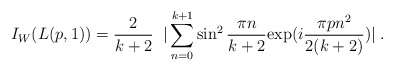
\begin{align*}I_W (L(p,1)) = \frac{2}{k + 2} \; \; | \sum_{n = 0}^{k + 1}\sin^2 \frac{\pi n}{k + 2}{\rm exp} (i \frac{\pi p n^2}{2 (k + 2)}) | \; .\end{align*}